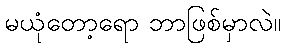
မယုံတော့ရော ဘာဖြစ်မှာလဲ။